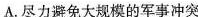
A.尽力避免大规模的军事冲突